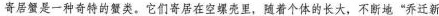
寄居蟹是一种奇特的蟹类。它们寄居在空螺壳里，随着个体的长大，不断地”乔迁新